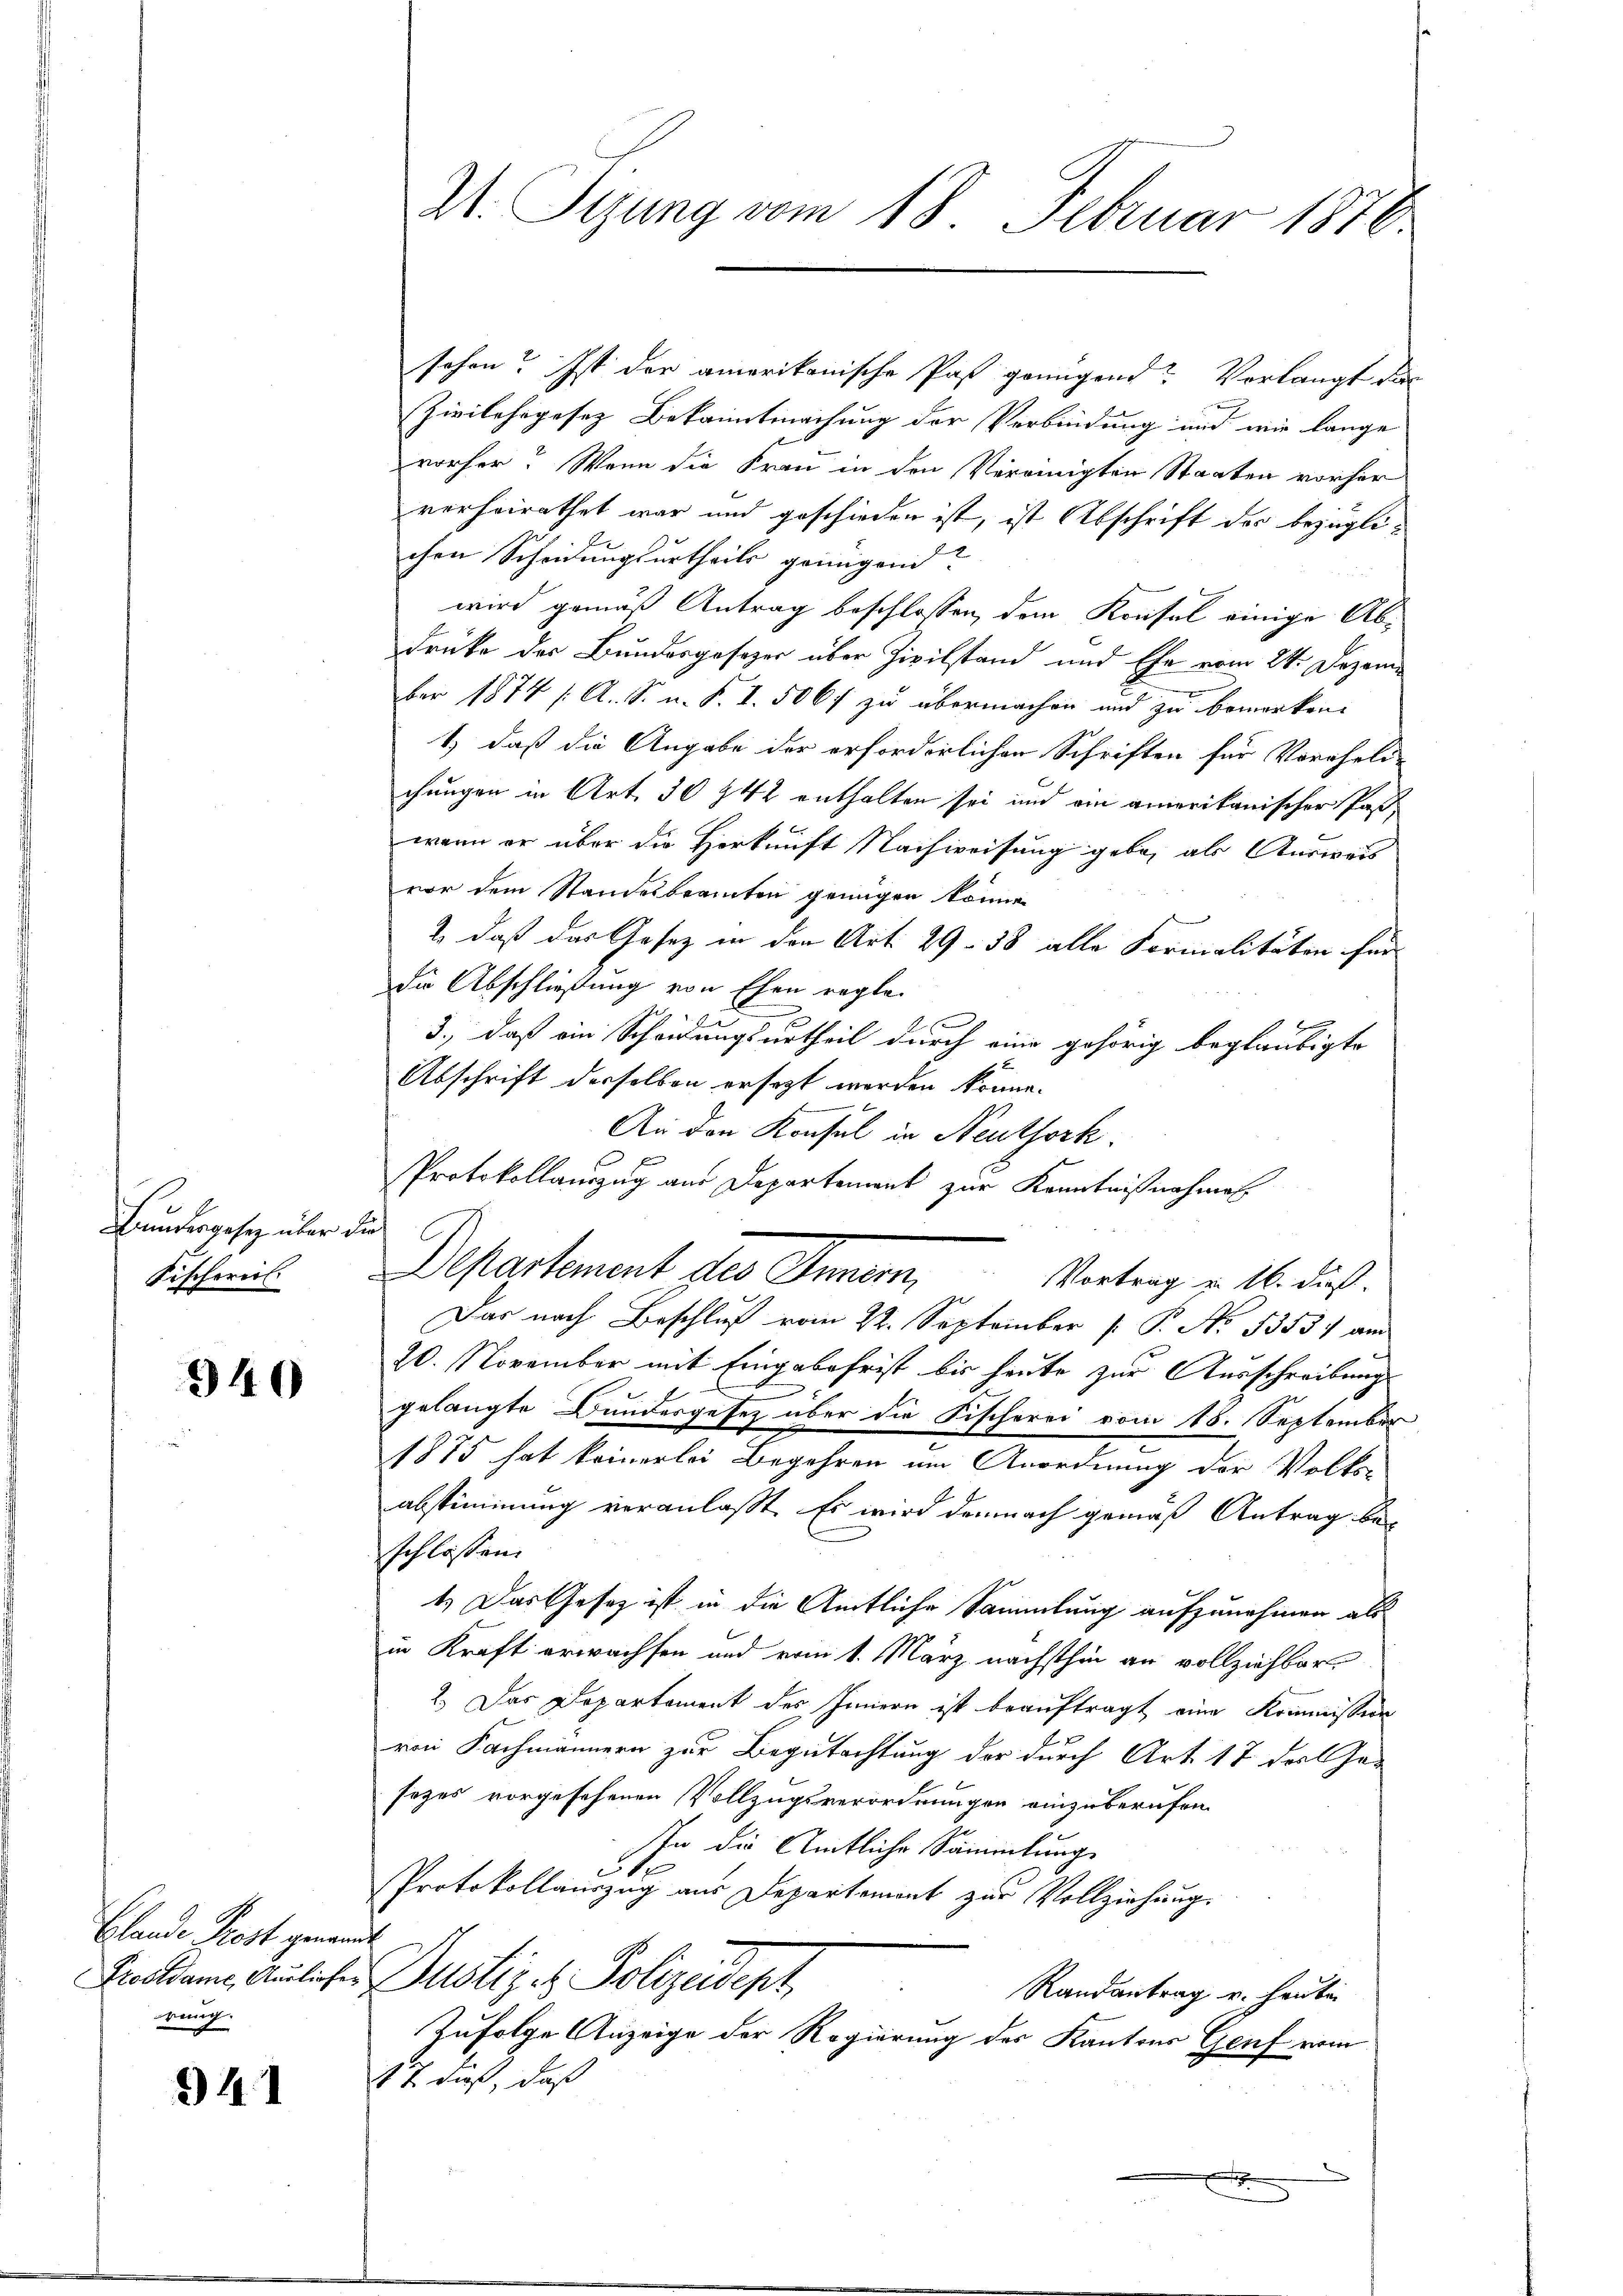
Feuergesez über die
Fischerers

940

Blande Post genan
Prostsame, Ausliefer
rung.

34

V. Sizung vom 18. Februar 1878

schon! Ist der amerikanische Past genügend Vorlangt dies
Zivilehrpesez Bekanntmachung der Verbindung und wie lange
vorher? Wenn die Frau in den Vereinigten Staaten vorher
verheirathet war und geschieden ist, ist Abschrift der bezüglichen Scheidungsurtheils genügend?
wird gemäß Antrag beschlossen, dem Konsul einige Ab¬
Drücke der Bundesgesezer über Zivilstand und Ehe vom 24. Dezember 1874 /: A. S. n. F. I. 506f zu übermachen und zu bemerken.
1.) daß die Angabe der erforderlichen Schriften für Vereheli-
chungen in Art. 30 § 42 enthalten sei und ain amerikanischer Paß,
wenn er über die Herkunft Nachweisung gebe, als Ausweis
vor dem Standesbeamten genügen könne.
2, daß das Gesetz in den Art. 29. 38 alle Formalitäten für
die Abschließung von Ehen regle
A.
3., daß ein Scheidungsurtheil durch eine gehörig beglaubigte
Abschrift derselben ersezt werden könne.
An den Konsul in Neuthork
Departement des Innern,
Das nach Beschluß vom 22. September [ P. No. 5353) am
20. November mit Eingabefrist bis heute zur Ausschreibung
gelangte Bundesgesetz über die Fischerei vom 18. September
1875 hat keinerlei Begehren um Anordnung der Volks-
abstimmung veranlaßt. Es wird demnach gemäß Antrag beschlossen.
1.) Das Gesetz ist in die Amtliche Sammlung aufzunehmen als
in Kraft erwachsen und vom 1. März nächsthin an vollziehbar
2.) Das Departement des Innern ist beauftragt eine Kommission
von Fachmännern zur Begutachtung der durch Art. 17 des Ge-
sezes vorgesehenen Vollzugsverordnungen einzuberufen.
sen die Amtliche Sammlung
5
Protokollauszug aus Departement zur Vollziehung
h
Justiz u. Polizeidept
Randantrag u. heute
Zufolge Anzeige der Regierung des Kantons Genf vom
17. dieß, daß
x

Protokollauszug aus Departement zur Kenntnißnahmen
Vortrag u. 16. dieß.